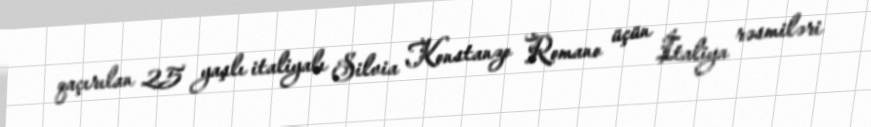
qaçırılan 25 yaşlı italiyalı Silvia Konstanzo Romano üçün İtaliya rəsmiləri